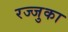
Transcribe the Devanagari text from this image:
रज्जुका